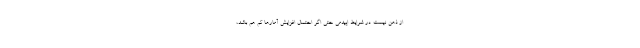
از ذهن نیست. در شرایط اپیدمی حتی اگر احتمال افزایش آمارها کم هم باشد،